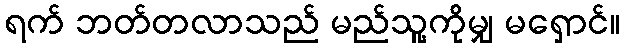
ရက် ဘတ်တလာသည် မည်သူ့ကိုမျှ မရှောင်။